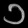
Digit: ၁